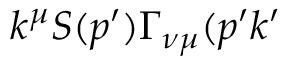
k ^ { \mu } S ( p ^ { \prime } ) \Gamma _ { \nu \mu } ( p ^ { \prime } k ^ { \prime }